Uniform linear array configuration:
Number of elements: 64
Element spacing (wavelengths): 0.25
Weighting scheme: kaiser
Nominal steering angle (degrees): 30
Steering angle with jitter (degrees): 30.514
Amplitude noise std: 0.05
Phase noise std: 0.05

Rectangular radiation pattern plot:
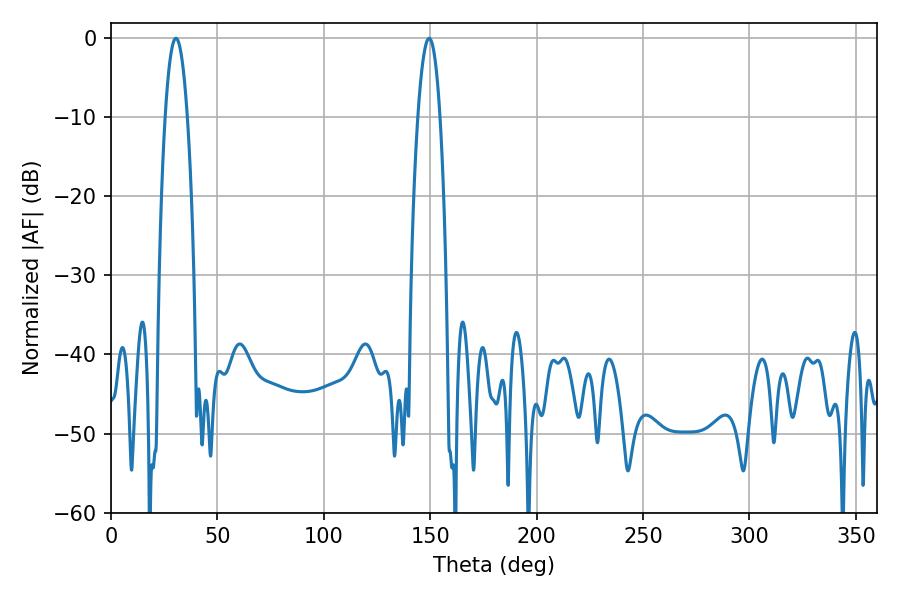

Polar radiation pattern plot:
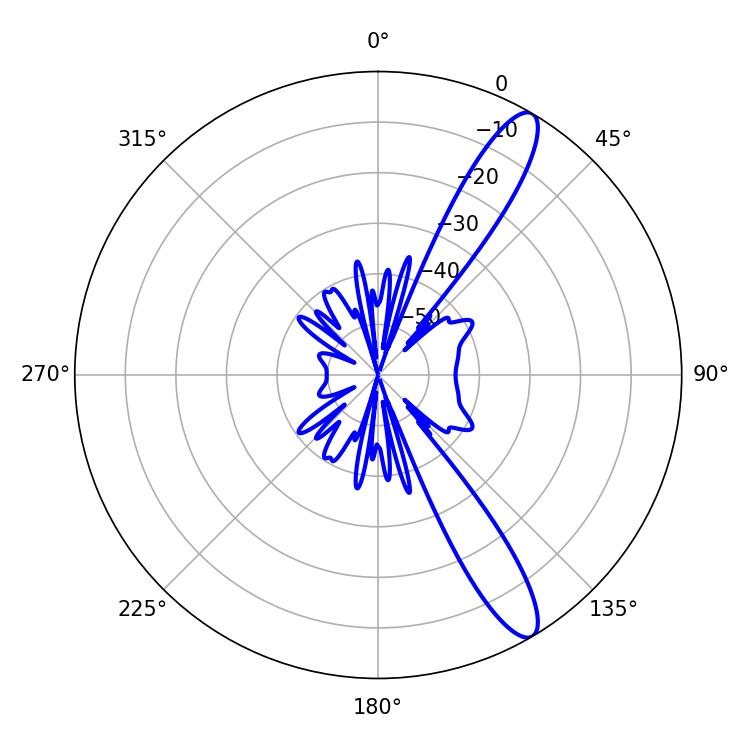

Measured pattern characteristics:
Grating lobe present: FALSE
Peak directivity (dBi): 12.595
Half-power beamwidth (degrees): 5.76
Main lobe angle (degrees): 30.6